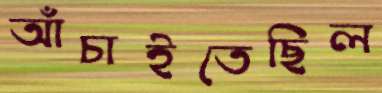
আঁচাইতেছিল